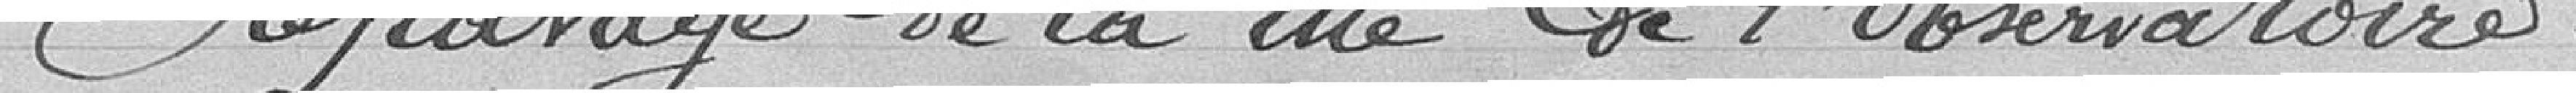
Repavage de la rue de l'observatoire